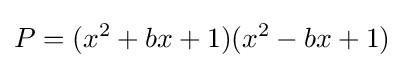
P=(x^{2}+bx+1)(x^{2}-bx+1)